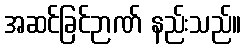
အဆင်ခြင်ဉာဏ် နည်းသည်။